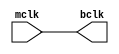
`timescale 1ns / 1ps
//////////////////////////////////////////////////////////////////////////////////
// Company: 
// Engineer: 
// 
// Design Name: 
// Module Name: clk_buffer
// Project Name: 
// Target Devices: 
// Tool Versions: 
// Description: 
// 
// Dependencies: 
// 
// Revision:
// Revision 0.01 - File Created
// Additional Comments:
// 
//////////////////////////////////////////////////////////////////////////////////


module clk_buffer(
    input mclk,
    output bclk
    );
    buf b1(bclk,mclk);
endmodule